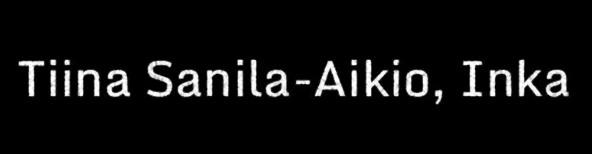
Tiina Sanila-Aikio, Inka